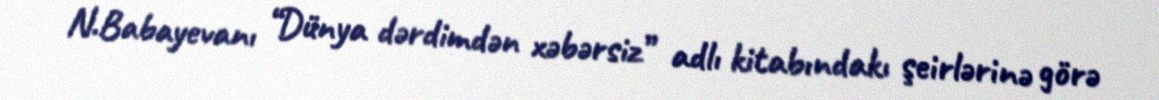
N.Babayevanı “Dünya dərdimdən xəbərsiz” adlı kitabındakı şeirlərinə görə